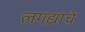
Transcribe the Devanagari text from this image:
लगद्याचे